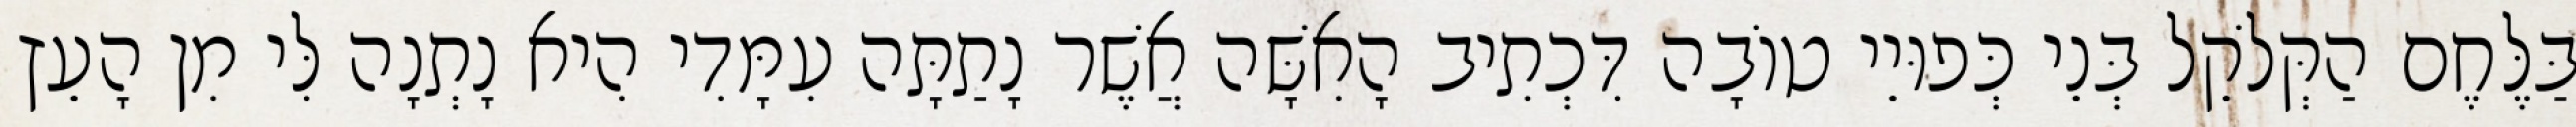
בַּלֶּחֶם הַקְּלֹקֵל בְּנֵי כְּפוּיֵי טוֹבָה דִּכְתִיב הָאִשָּׁה אֲשֶׁר נָתַתָּה עִמָּדִי הִיא נָתְנָה לִּי מִן הָעֵץ